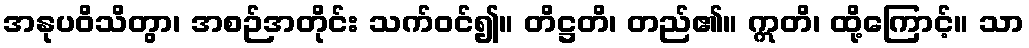
အနုပဝိသိတွာ၊ အစဉ်အတိုင်း သက်ဝင်၍။ တိဋ္ဌတိ၊ တည်၏။ ဣတိ၊ ထို့ကြောင့်။ သာ